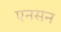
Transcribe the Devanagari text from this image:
एनसन